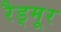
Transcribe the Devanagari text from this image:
रैड्मूर